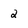
Character: 2